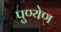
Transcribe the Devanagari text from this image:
पुण्येण